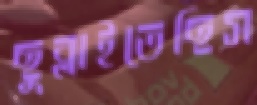
ছুব্‌লাইতেছিস